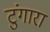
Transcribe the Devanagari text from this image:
टुंगारा